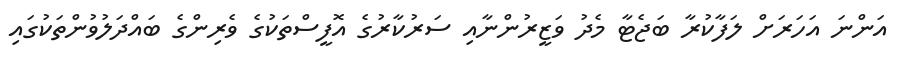
އަންނަ އަހަރަށް ލަފާކުރާ ބަޖެޓާ މެދު ވަޒީރުންނާއި ސަރުކާރުގެ އޮފީސްތަކުގެ ވެރިންގެ ބައްދަލުވުންތަކުގައި